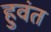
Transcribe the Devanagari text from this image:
हुवंत